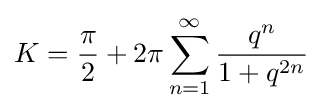
K={\frac {\pi }{2}}+2\pi \sum _{n=1}^{\infty }{\frac {q^{n}}{1+q^{2n}}}